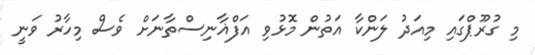
މި ގުރޫޕްގައި މިއަދު ލަންކާ އަތުން މޮޅުވި އަފްޣާނިސްތާނަށް ވެސް މިހާރު ވަނީ